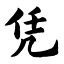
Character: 凭